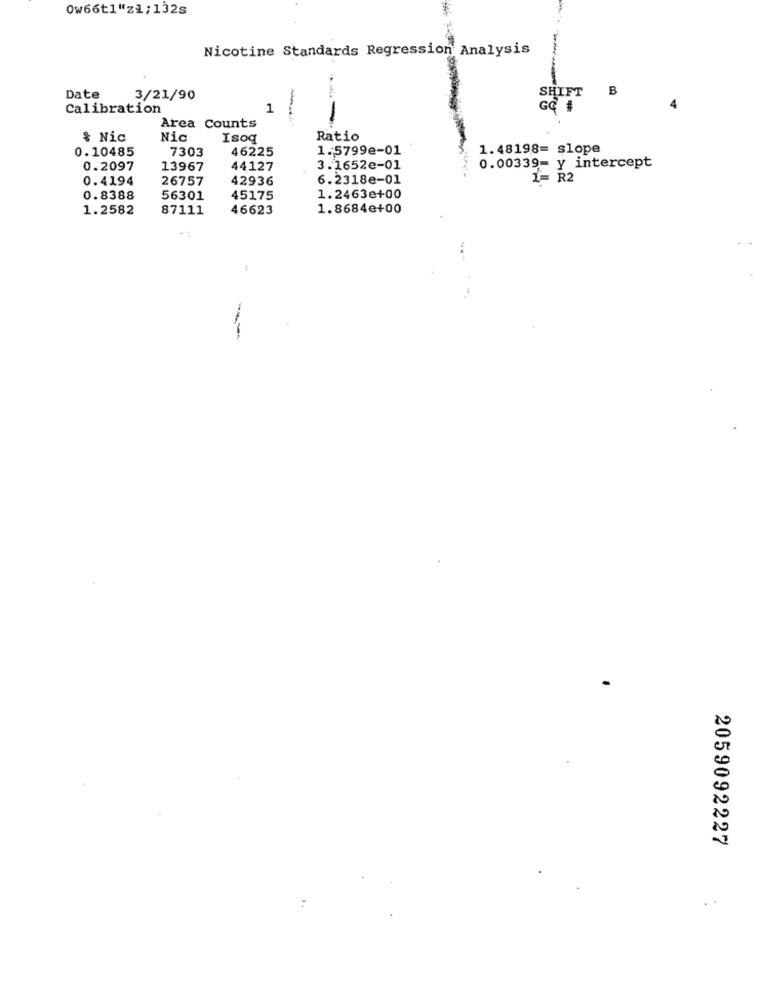
0w66t1"z1;132s
Nicotine Standards Regression Analysis
SHIFT
B
Date
3/21/90
Calibration
1
---
Area Counts
& Nic
Nic
Isoq
Ratio
0.10485
46225
1.5799e-01
1.48198= slope
7303
0.2097
13967
44127
3.1652e-01
0.00339= y intercept
0.4194
26757
42936
6.2318e-01
1= R2
0.8388
56301
45175
1.2463e+00
1.2582
87111
46623
1.8684e+00
---
2059092227
.